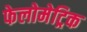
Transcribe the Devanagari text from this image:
फेलोमेट्रिक